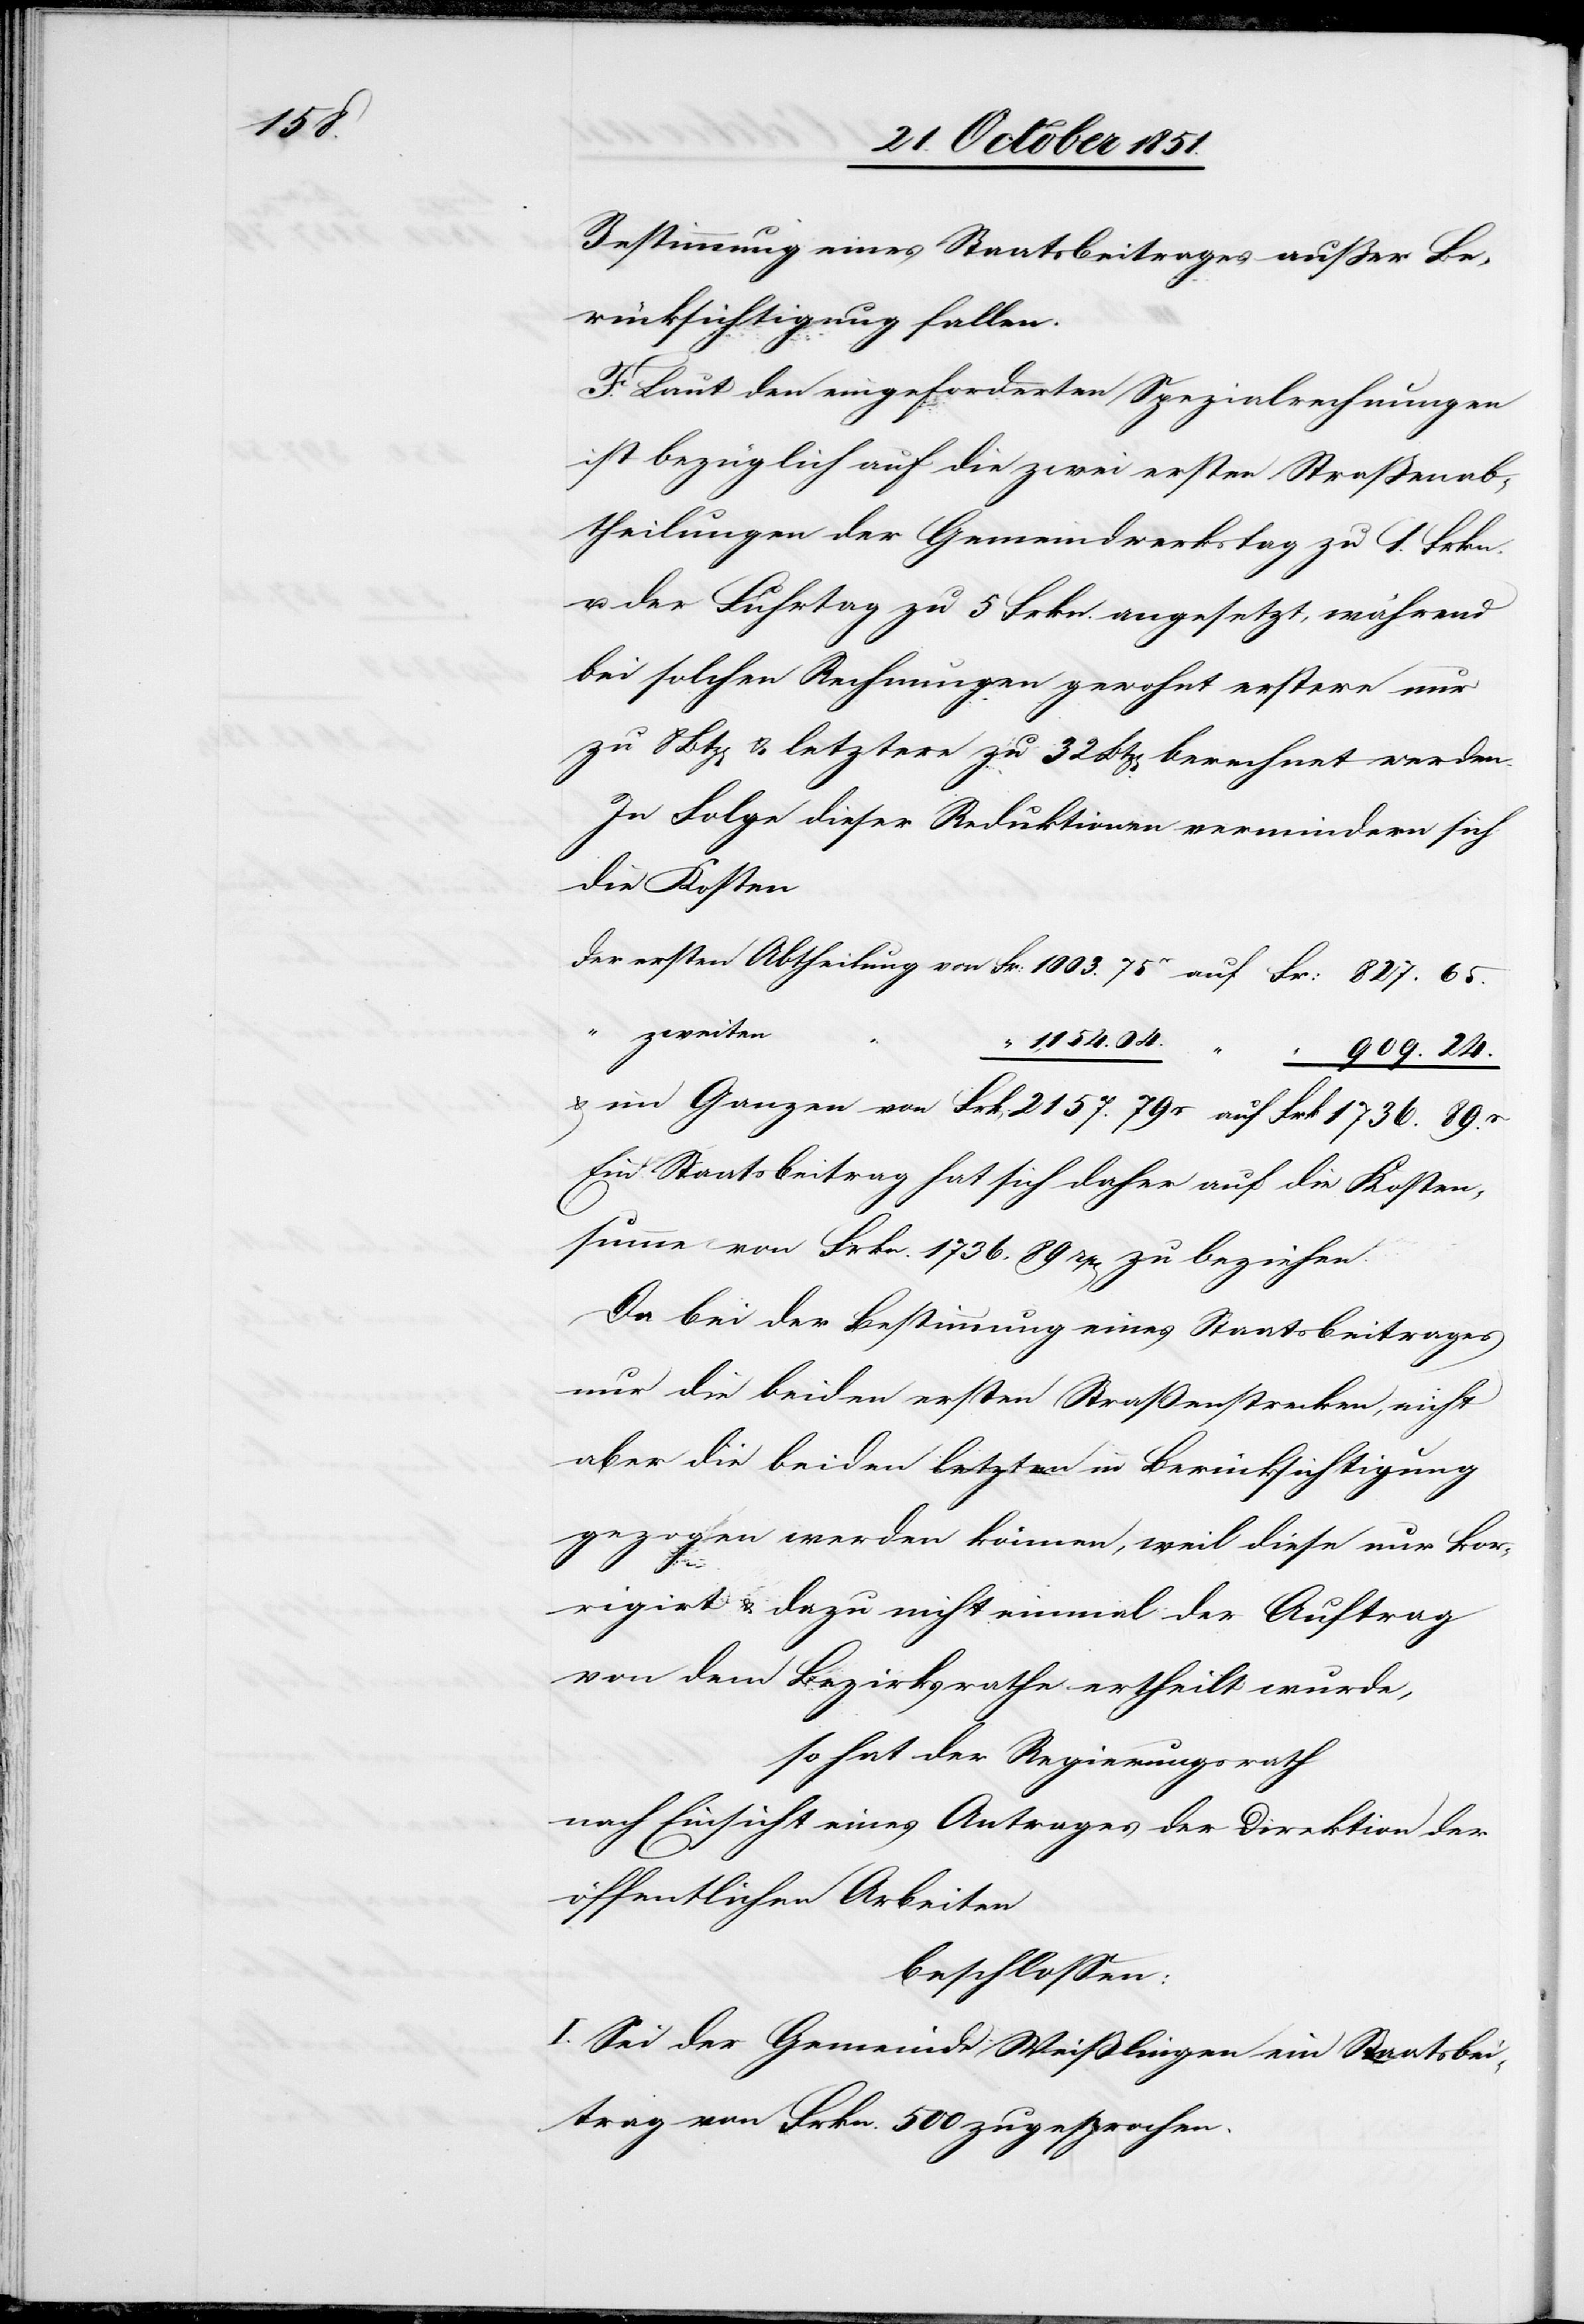
89.r

Bestimmung eines Staatsbeitrages außer Be¬
rücksichtigung fallen.
F. Laut den eingeforderten Spezialrechnungen
ist bezüglich auf die zwei ersten Straßenab¬
theilungen der Gemeindwerkstag zu 1. Frkn.
u. der Fuhrtag zu 5 Frkn. angesetzt, während
bei solchen Rechnungen gewohnt erstere nur
zu 8 Btz[en] & letztere zu 32 Btz[en] berechnet werden.
In Folge dieser Reduktionen vermindern sich
die Kosten
zweiten
“ 909. 24.
Ein Staatsbeitrag hat sich daher auf die Kosten¬
summe von Frkn. 1736. 89 rp[en] zu beziehen.
Da bei der Bestimmung eines Staatsbeitrages
nur die beiden ersten Straßenstrecken, nicht
aber die beiden letzten in Berücksichtigung
gezogen werden können, weil diese nur kor¬
04.
rigirt & dazu nicht einmal der Auftrag
von dem Bezirksrathe ertheilt wurde,
so hat der Regierungsrath
nach Einsicht eines Antrages der Direktion der
öffentlichen Arbeiten
beschlossen:
I. Sei der Gemeinde Weißlingen ein Staatsbei¬
trag von Frkn. 500 zugesprochen.